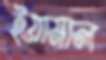
ইয়ামাল